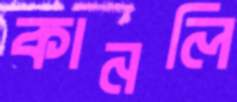
কানলি